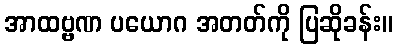
အာထဗ္ဗဏ ပယောဂ အတတ်ကို ပြဆိုခန်း။